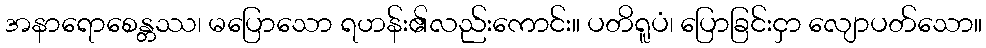
အနာရောစေန္တဿ၊ မပြောသော ရဟန်း၏လည်းကောင်း။ ပတိရူပံ၊ ပြောခြင်းငှာ လျောပတ်သော။